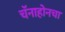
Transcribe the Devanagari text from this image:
चॅनाहोनचा